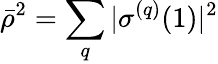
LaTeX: {\bar{\rho}}^{2}=\sum_{q}|\sigma^{(q)}(1)|^{2}